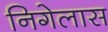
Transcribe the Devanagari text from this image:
निगेलास